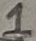
Text: 1